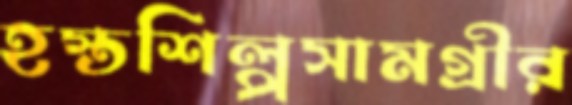
হস্তশিল্পসামগ্রীর